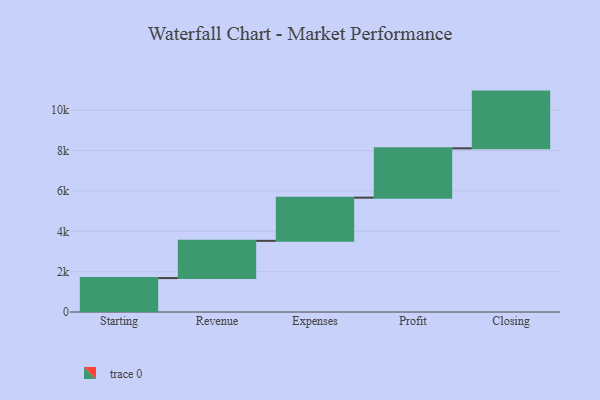
{"axis": {"x": "Step", "y": "Value"}, "legend": [""], "data": [{"x": "Starting", "y": 1681.0, "type": ""}, {"x": "Revenue", "y": 1847.0, "type": ""}, {"x": "Expenses", "y": 2140.0, "type": ""}, {"x": "Profit", "y": 2445.0, "type": ""}, {"x": "Closing", "y": 2812.0, "type": ""}]}